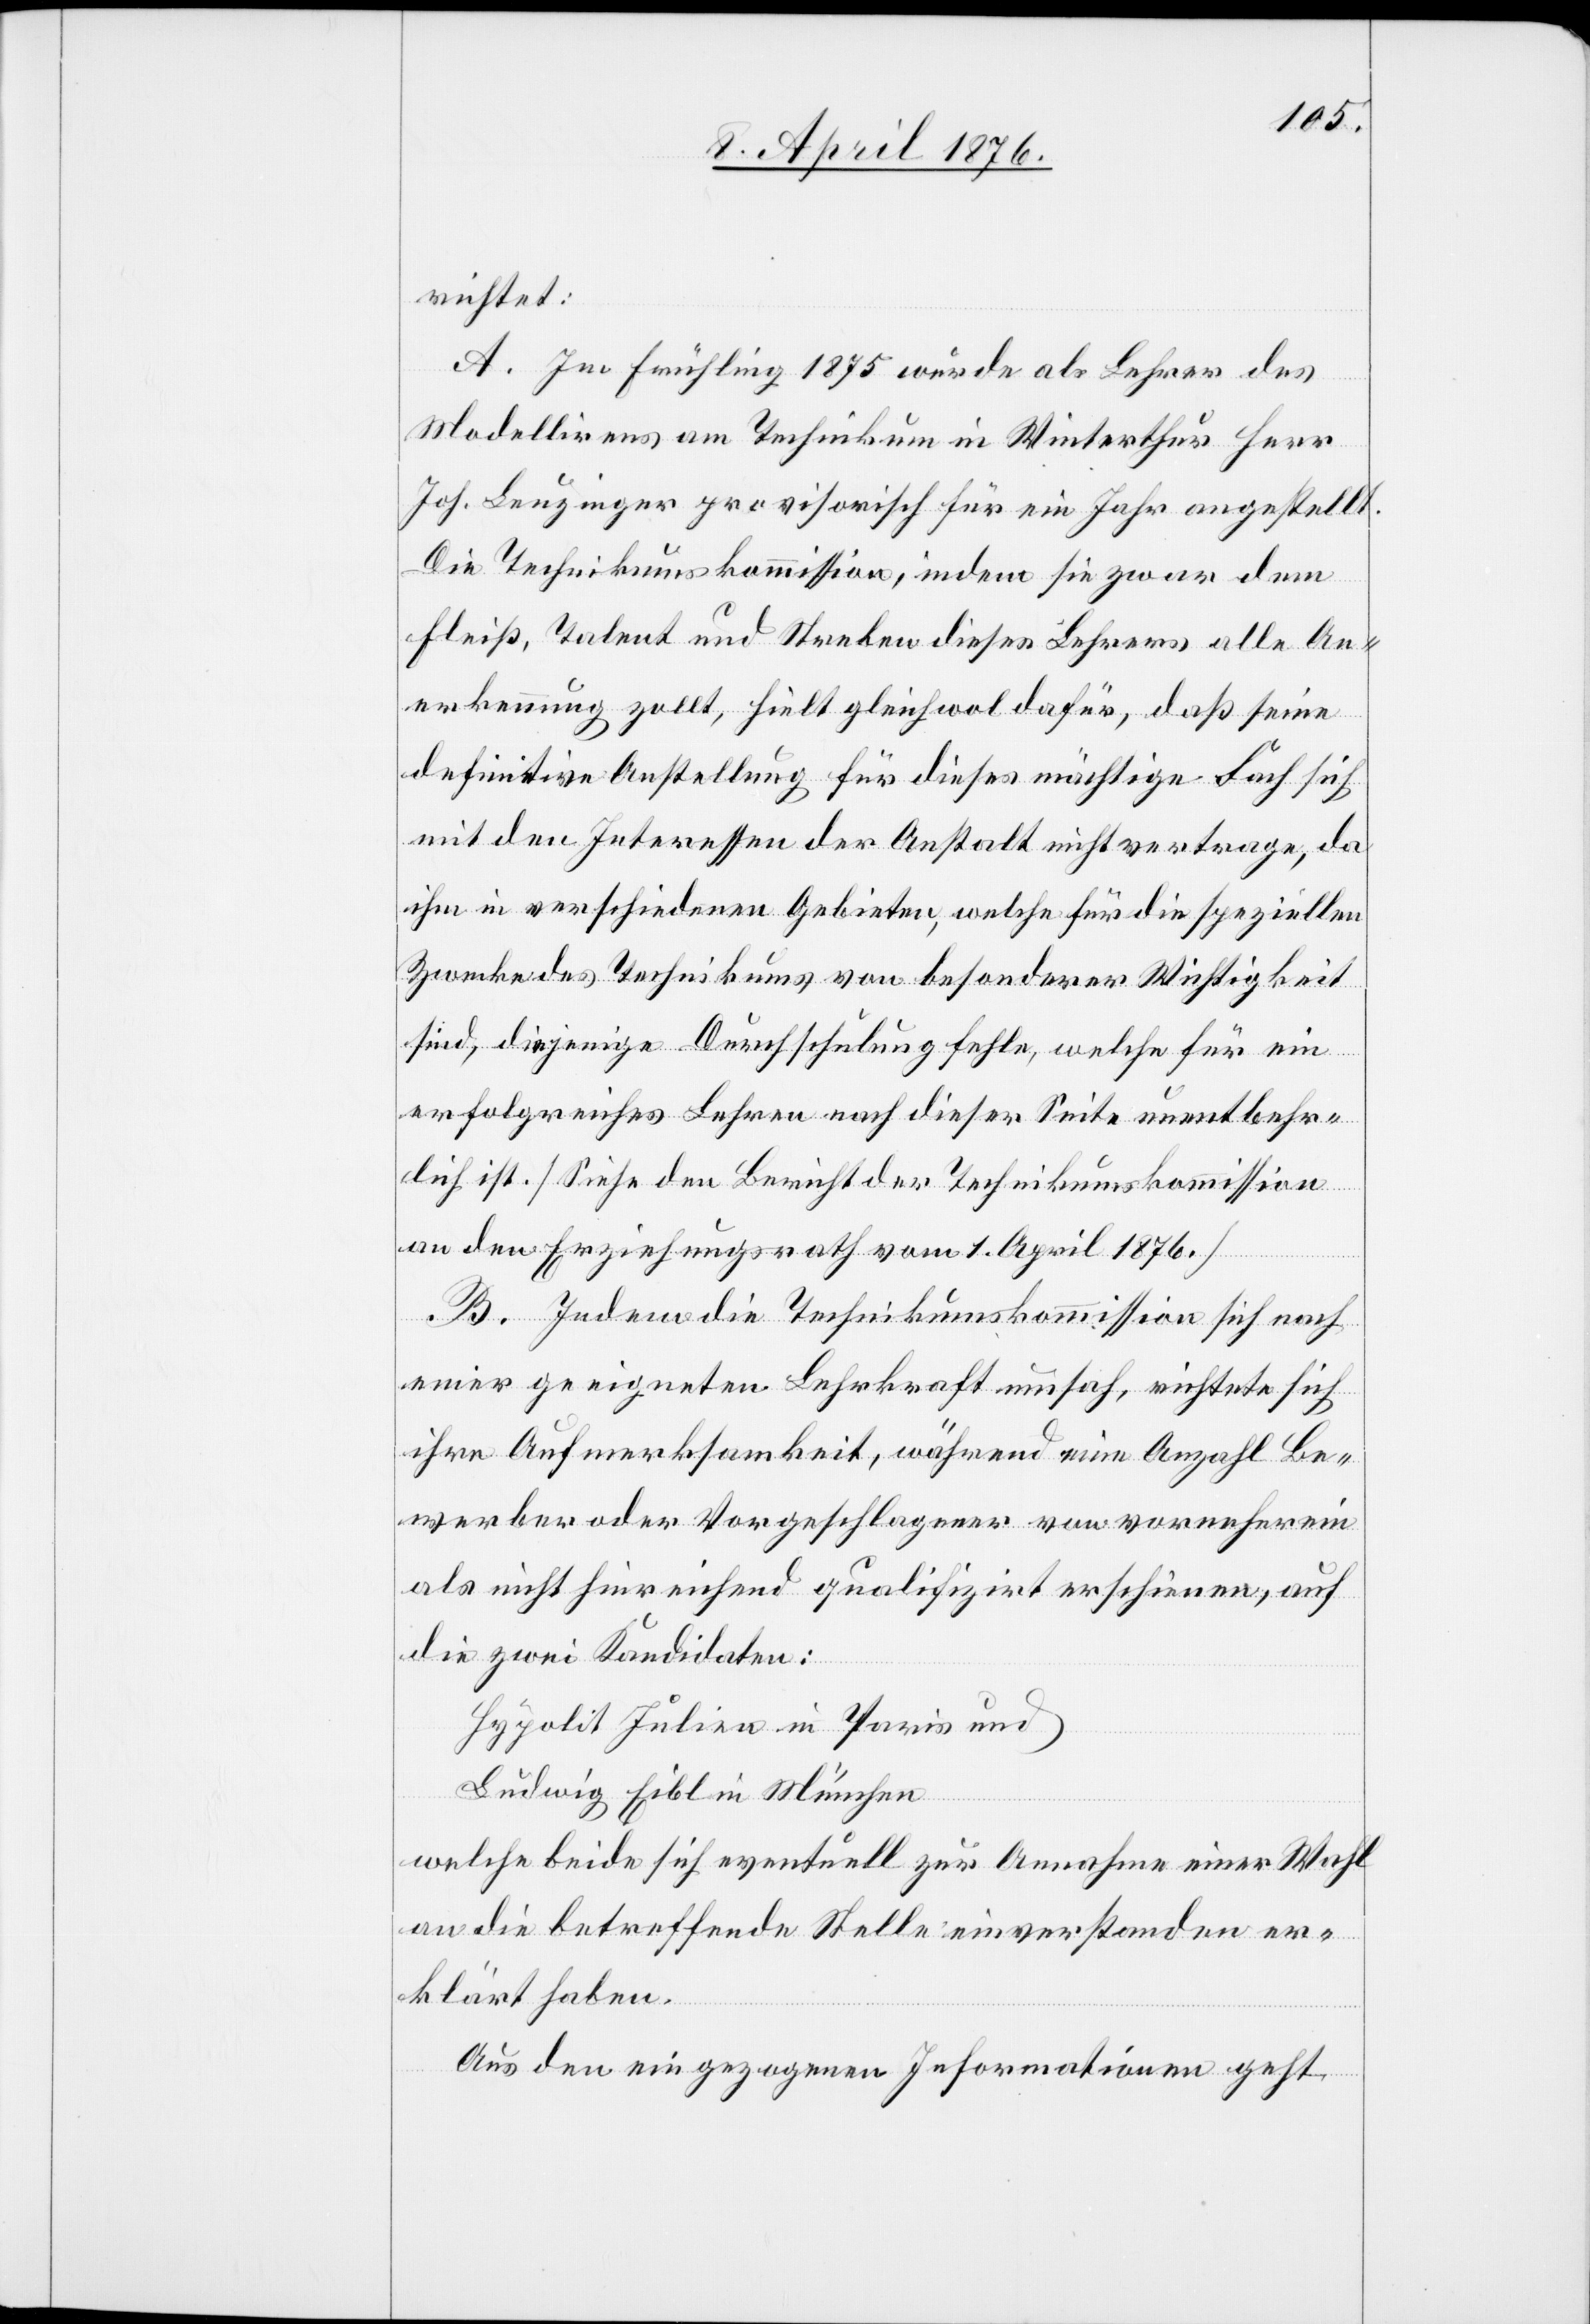
richtet:
A. Im Frühling 1875 wurde als Lehrer des
Modellierens am Technikum in Winterthur Herr
Joh. Leuzinger provisorisch für ein Jahr angestellt.
Die Technikumskommission, indem sie zwar dem
Fleiß, Talent und Streben dieses Lehrers alle An¬
erkennung zollt, hielt gleichwol dafür, daß seine
definitive Anstellung für dieses mächtige Fach sich
mit den Interessen der Anstalt nicht vertrage, da
ihm in verschiedenen Gebieten, welche für die speziellen
Zwecke des Technikums von besonderer Wichtigkeit
sind, diejenige Durchschulung fehle, welche für ein
erfolgreiches Lehren nach dieser Seite unentbehr¬
lich ist. [Siehe den Bericht der Technikumskommission
an den Erziehungsrath vom 1. April 1876.]
B. Indem die Technikumskommission sich nach
einer geeigneten Lehrkraft umsah, richtete sich
ihre Aufmerksamkeit, während eine Anzahl Be¬
werber oder Vorgeschlagener von vorneherein
als nicht hinreichend qualifiziert erschienen, auf
die zwei Kandidaten:
Hypolit Julien [sic!] in Paris und
Ludwig Eibl in München
welche beide sich eventuell zur Annahme einer Wahl
an die betreffende Stelle einverstanden er¬
klärt haben.
Aus den eingezogenen Informationen geht,